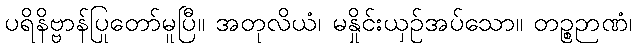
ပရိနိဗ္ဗာန်ပြုတော်မူပြီ။ အတုလိယံ၊ မနှိုင်းယှဉ်အပ်သော။ တဉ္စဉာဏံ၊